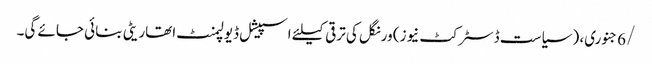
/6جنوری، ( سیاست ڈسٹرکٹ نیوز) ورنگل کی ترقی کیلئے اسپیشل ڈیولپمنٹ اتھاریٹی بنائی جائے گی۔